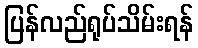
ပြန်လည်ရုပ်သိမ်းရန်